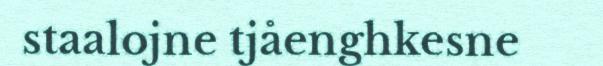
staalojne tjåenghkesne